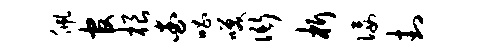
佩官根查唱笑衙析佞封